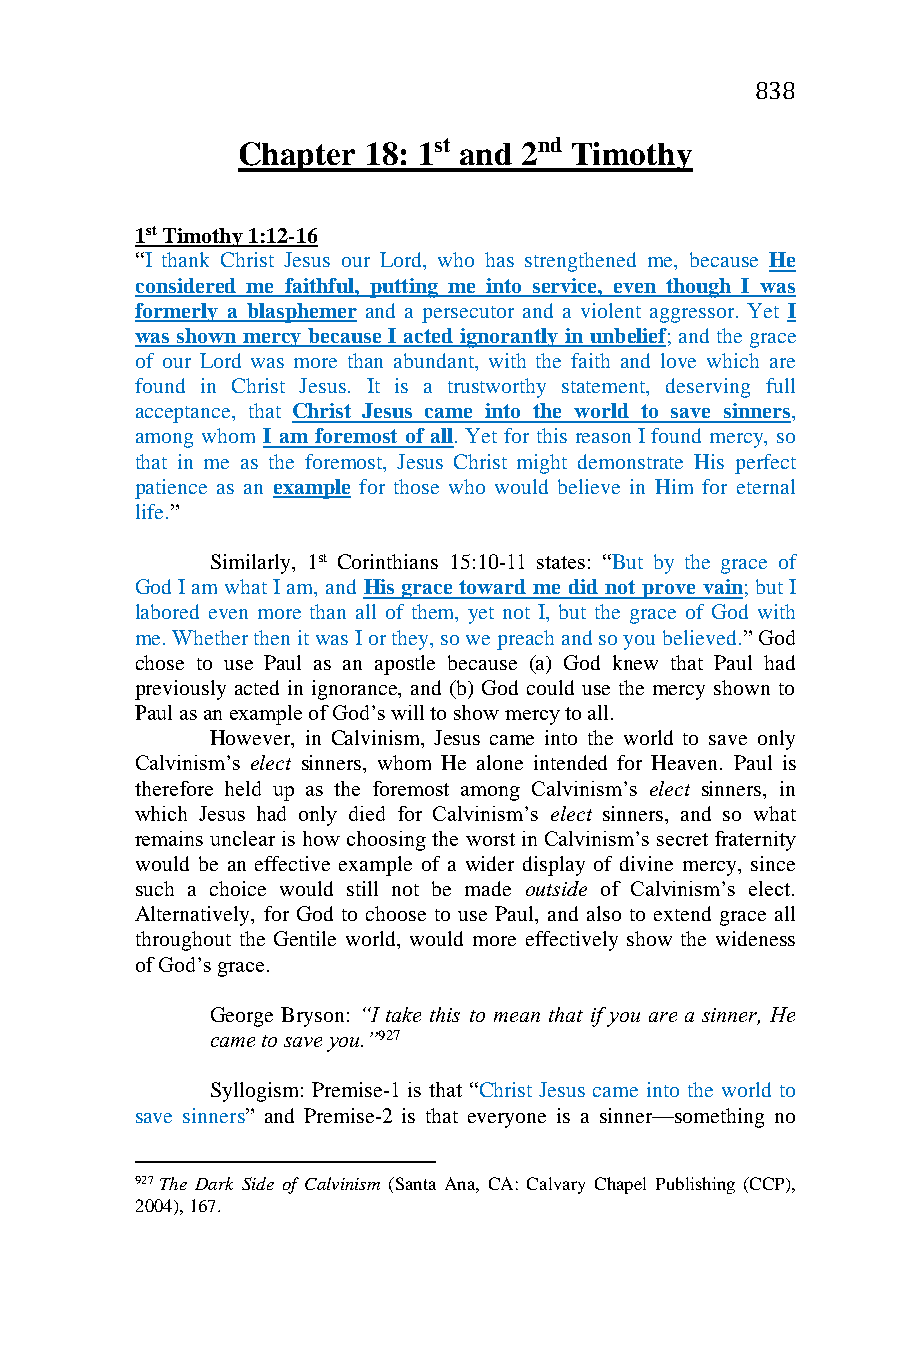
838
 Chapter 18: 1st and 2nd Timothy
 1st Timothy 1:12-16
 “I thank Christ Jesus our Lord, who has strengthened me, because He
 considered me faithful, putting me into service, even though I was
 formerly a blasphemer and a persecutor and a violent aggressor. Yet I
 was shown mercy because I acted ignorantly in unbelief; and the grace
 of our Lord was more than abundant, with the faith and love which are
 found in Christ Jesus. It is a trustworthy statement, deserving full
 acceptance, that Christ Jesus came into the world to save sinners,
 among whom I am foremost of all. Yet for this reason I found mercy, so
 that in me as the foremost, Jesus Christ might demonstrate His perfect
 patience as an example for those who would believe in Him for eternal
 life.”
 Similarly, 1st Corinthians 15:10-11 states: “But by the grace of
 God I am what I am, and His grace toward me did not prove vain; but I
 labored even more than all of them, yet not I, but the grace of God with
 me. Whether then it was I or they, so we preach and so you believed.” God
 chose to use Paul as an apostle because (a) God knew that Paul had
 previously acted in ignorance, and (b) God could use the mercy shown to
 Paul as an example of God’s will to show mercy to all.
 However, in Calvinism, Jesus came into the world to save only
 Calvinism’s elect sinners, whom He alone intended for Heaven. Paul is
 therefore held up as the foremost among Calvinism’s elect sinners, in
 which Jesus had only died for Calvinism’s elect sinners, and so what
 remains unclear is how choosing the worst in Calvinism’s secret fraternity
 would be an effective example of a wider display of divine mercy, since
 such a choice would still not be made outside of Calvinism’s elect.
 Alternatively, for God to choose to use Paul, and also to extend grace all
 throughout the Gentile world, would more effectively show the wideness
 of God’s grace.
 George Bryson: “I take this to mean that if you are a sinner, He
 came to save you.”927
 Syllogism: Premise-1 is that “Christ Jesus came into the world to
 save sinners” and Premise-2 is that everyone is a sinner—something no
 927 The Dark Side of Calvinism (Santa Ana, CA: Calvary Chapel Publishing (CCP),
 2004), 167.